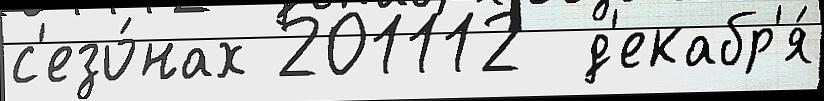
с'езо́нах 201112  д'екабр'я́